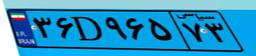
۳۶D۹۶۵۷۳